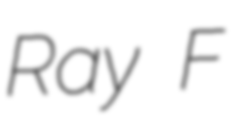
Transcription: Ray F